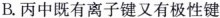
B.丙中既有离子键又有极性键